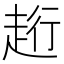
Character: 𧻥